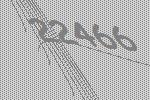
22466